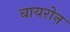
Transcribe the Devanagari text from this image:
बायरोन